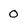
Character: 0